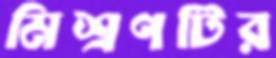
মিশ্রণটির